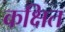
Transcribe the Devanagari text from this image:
कक्षित